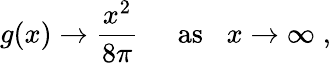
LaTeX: g(x)\rightarrow\frac{x^{2}}{8\pi}\; \; \; \; \; \mathrm{as}\; \; \; x\rightarrow\infty\; ,